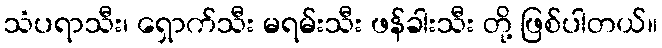
သံပရာသီး၊ ရှောက်သီး မရမ်းသီး ဖန်ခါးသီး တို့ ဖြစ်ပါတယ်။